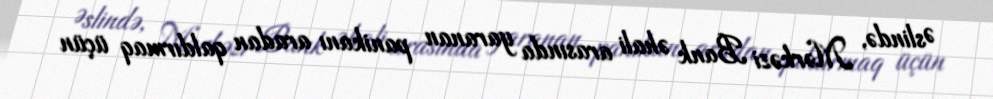
Əslində, Mərkəzi Bank əhali arasında yaranan panikanı aradan qaldırmaq üçün